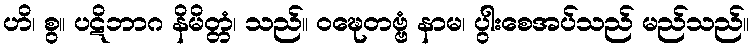
ဟိ၊ စွ။ ပဋိဘာဂ နိမိတ္တံ၊ သည်။ ဝဍ္ဎေတဗ္ဗံ နာမ၊ ပွါးစေအပ်သည် မည်သည်။